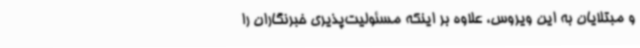
و مبتلایان به این ویروس، علاوه بر اینکه مسئولیت‌پذیری خبرنگاران را